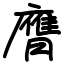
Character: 膺